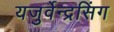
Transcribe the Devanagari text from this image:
यजुर्वेन्द्रसिंग